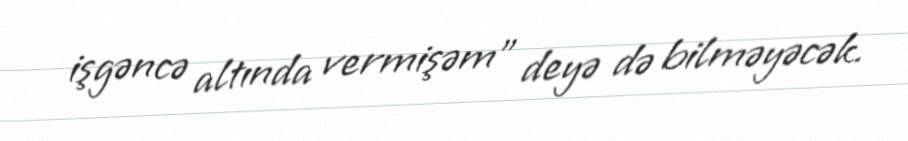
işgəncə altında vermişəm” deyə də bilməyəcək.